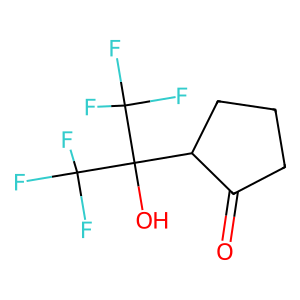
SMILES: O=C1CCCC1C(O)(C(F)(F)F)C(F)(F)F
Inhibits HIV replication: No